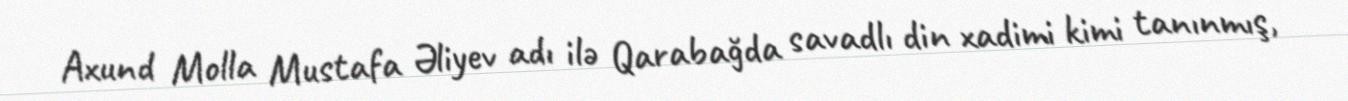
Axund Molla Mustafa Əliyev adı ilə Qarabağda savadlı din xadimi kimi tanınmış,